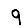
Digit: 9